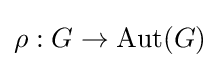
\rho :G\to \operatorname {Aut} (G)